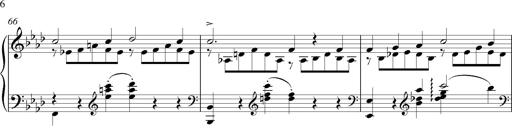
Title: LiebestrÃ¤ume
Composer: Franz Behr
Key: E-flat major